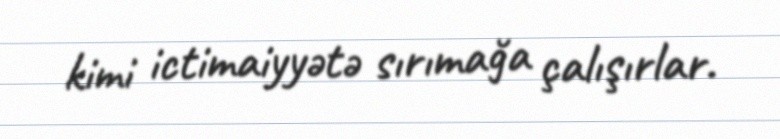
kimi ictimaiyyətə sırımağa çalışırlar.